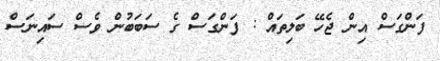
ފަންގަސް އިން ޖެހޭ ބަލިތައް : ފަންގަސް ގެ ސަބަބުން ވެސް ސައިނަސް